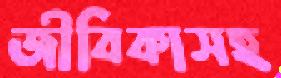
জীবিকাসহ